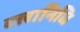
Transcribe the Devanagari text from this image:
क्लानिधि